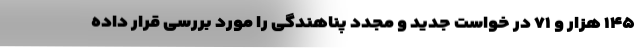
۱۴۵ هزار و ۷۱ در خواست جدید و مجدد پناهندگی را مورد بررسی قرار داده